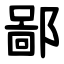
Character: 鄙